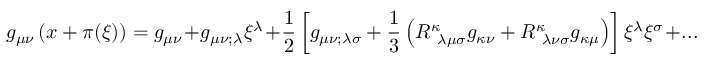
g _ { \mu \nu } \left( x + \pi ( \xi ) \right) = g _ { \mu \nu } + g _ { \mu \nu ; \lambda } \xi ^ { \lambda } + { \frac { 1 } { 2 } } \left[ g _ { \mu \nu ; \lambda \sigma } + { \frac { 1 } { 3 } } \left( R _ { ~ \lambda \mu \sigma } ^ { \kappa } g _ { \kappa \nu } + R _ { ~ \lambda \nu \sigma } ^ { \kappa } g _ { \kappa \mu } \right) \right] \xi ^ { \lambda } \xi ^ { \sigma } + . . .